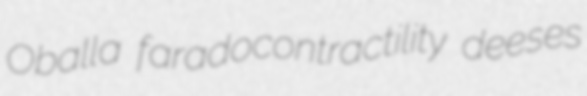
Oballa faradocontractility deeses